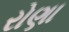
રોણા